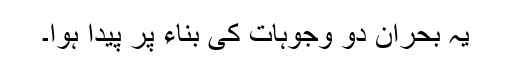
یہ بحران دو وجوہات کی بناء پر پیدا ہوا۔